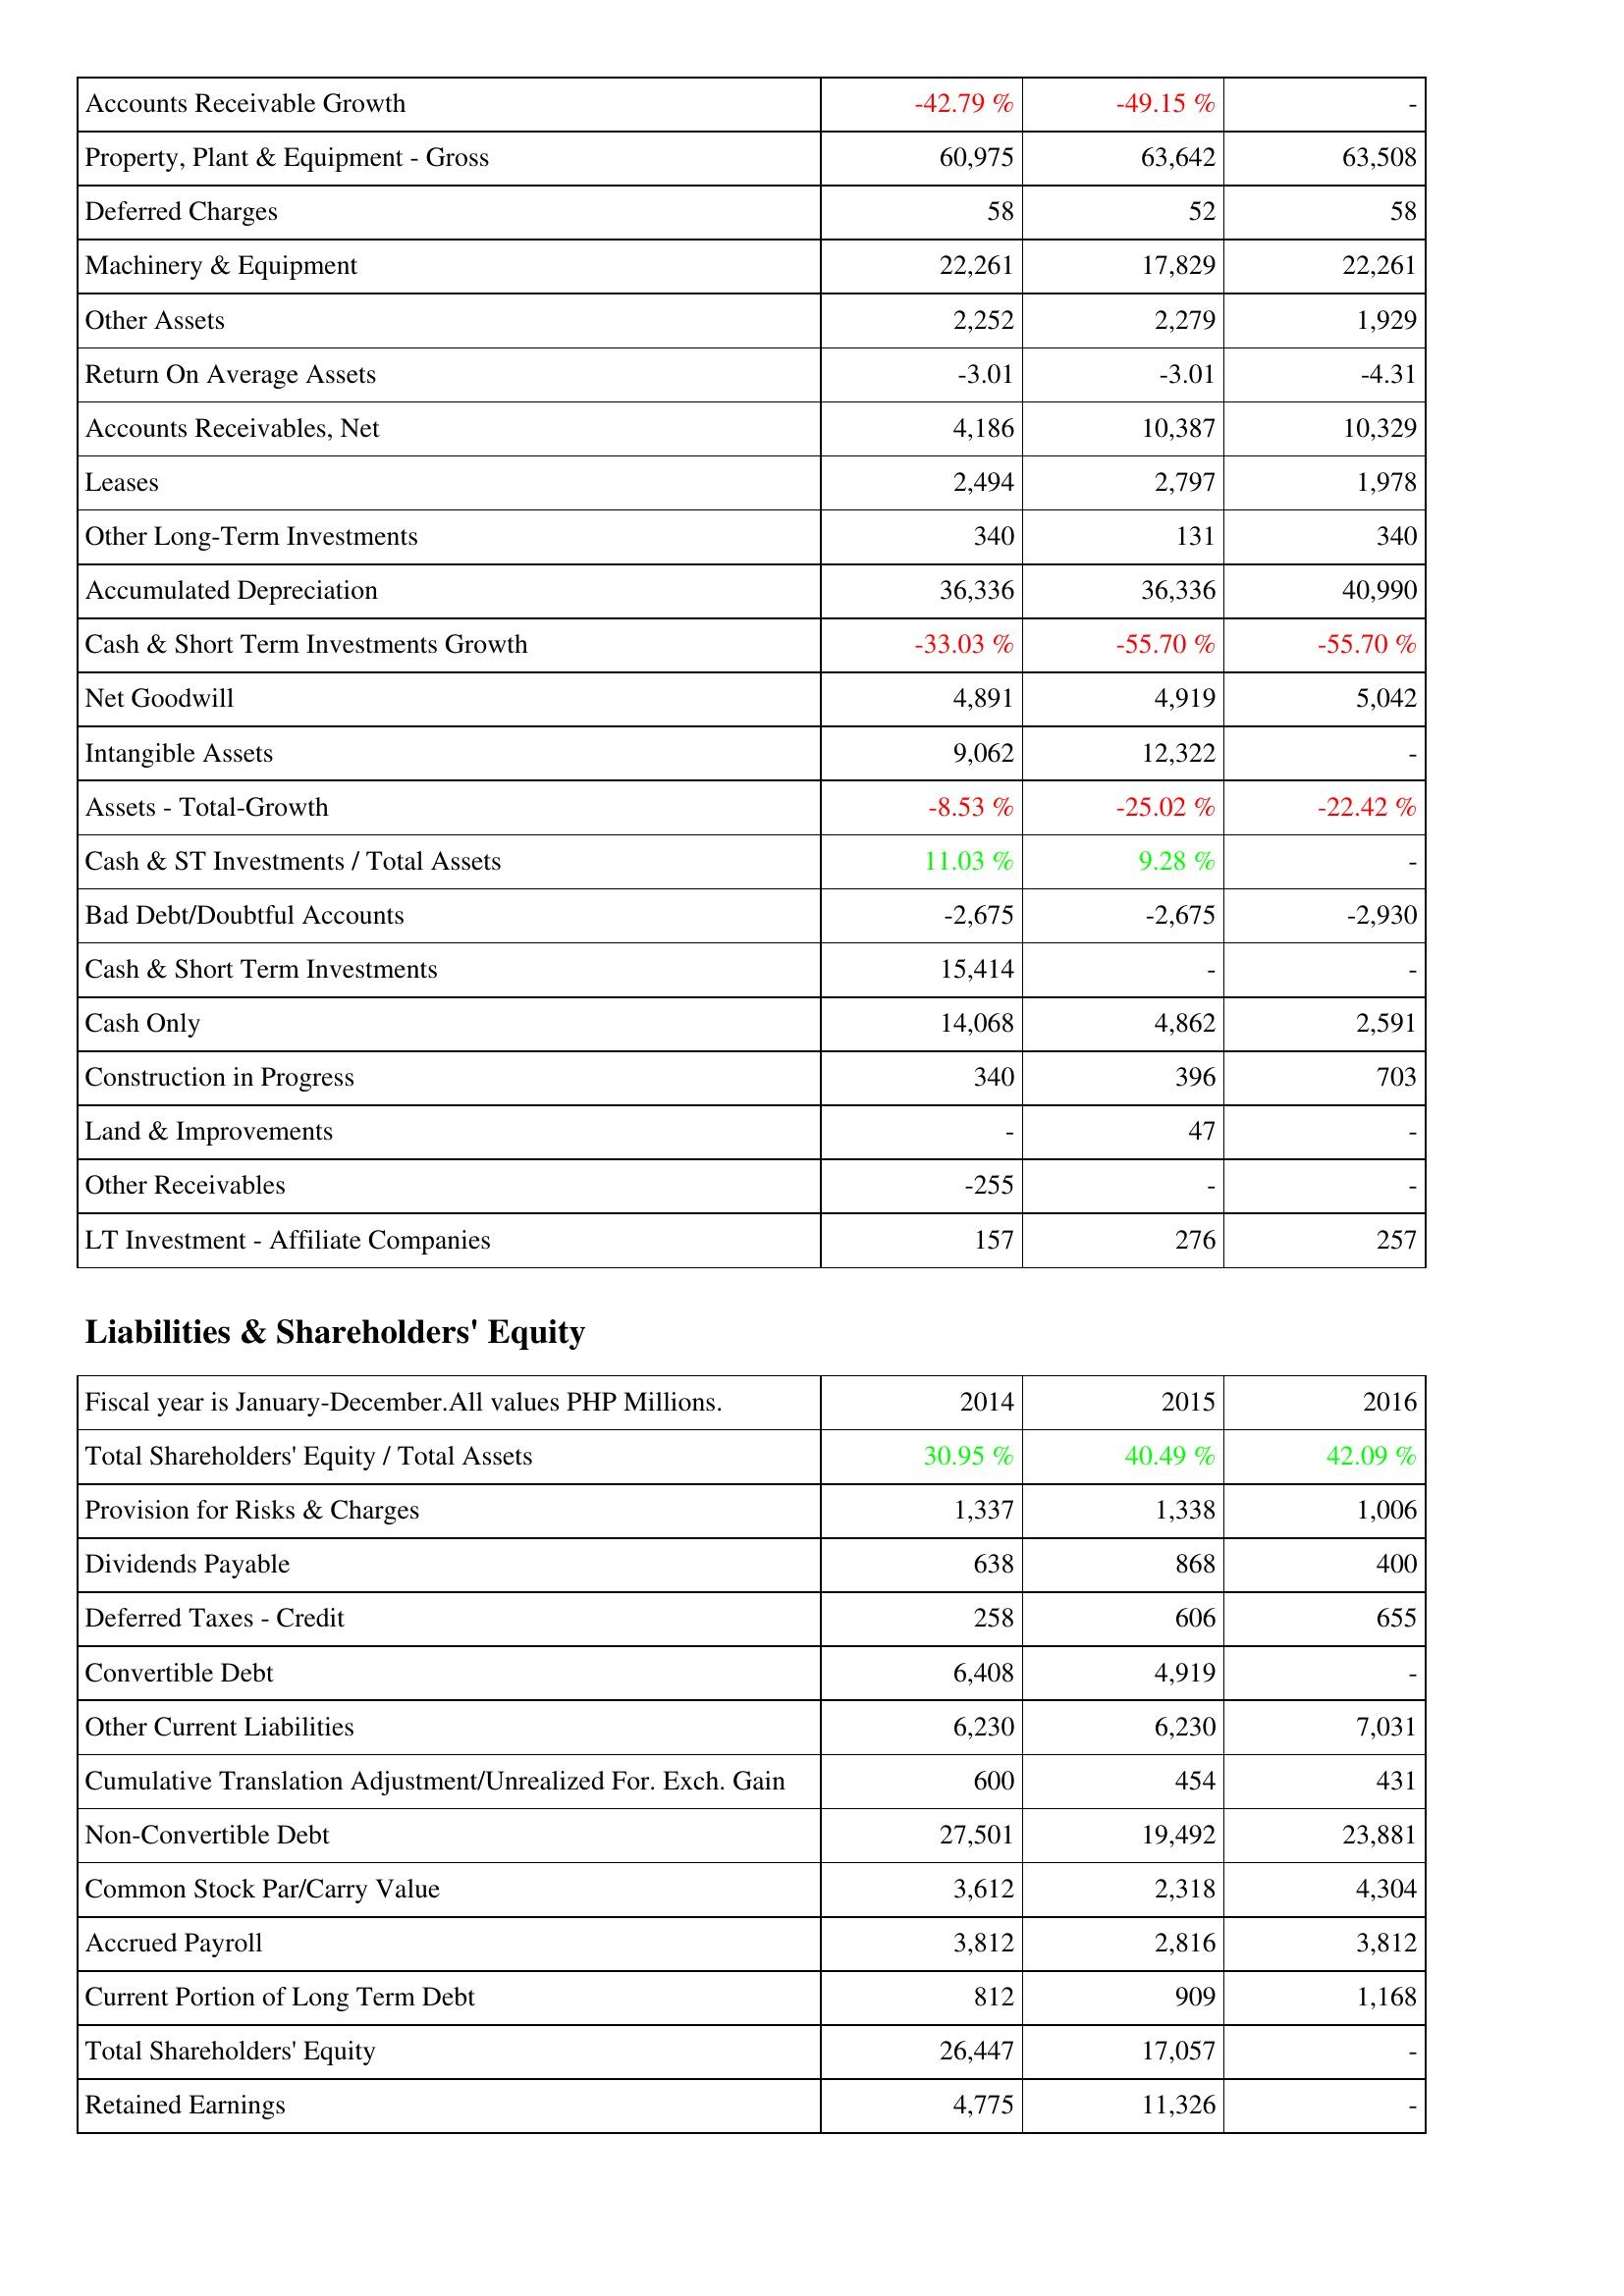
2014: Assets: Accounts Receivable Growth: -42.79 %
Property, Plant & Equipment - Gross: 60,975
Deferred Charges: 58
Machinery & Equipment: 22,261
Other Assets: 2,252
Return On Average Assets: -3.01
Accounts Receivables, Net: 4,186
Leases: 2,494
Other Long-Term Investments: 340
Accumulated Depreciation: 36,336
Cash & Short Term Investments Growth: -33.03 %
Net Goodwill: 4,891
Intangible Assets: 9,062
Assets - Total-Growth: -8.53 %
Cash & ST Investments / Total Assets: 11.03 %
Bad Debt/Doubtful Accounts: -2,675
Cash & Short Term Investments: 15,414
Cash Only: 14,068
Construction in Progress: 340
Land & Improvements: -
Other Receivables: -255
LT Investment - Affiliate Companies: 157
Liabilities & Shareholders' Equity: Total Shareholders' Equity / Total Assets: 30.95 %
Provision for Risks & Charges: 1,337
Dividends Payable: 638
Deferred Taxes - Credit: 258
Convertible Debt: 6,408
Other Current Liabilities: 6,230
Cumulative Translation Adjustment/Unrealized For. Exch. Gain: 600
Non-Convertible Debt: 27,501
Common Stock Par/Carry Value: 3,612
Accrued Payroll: 3,812
Current Portion of Long Term Debt: 812
Total Shareholders' Equity: 26,447
Retained Earnings: 4,775
2015: Assets: Accounts Receivable Growth: -49.15 %
Property, Plant & Equipment - Gross: 63,642
Deferred Charges: 52
Machinery & Equipment: 17,829
Other Assets: 2,279
Return On Average Assets: -3.01
Accounts Receivables, Net: 10,387
Leases: 2,797
Other Long-Term Investments: 131
Accumulated Depreciation: 36,336
Cash & Short Term Investments Growth: -55.70 %
Net Goodwill: 4,919
Intangible Assets: 12,322
Assets - Total-Growth: -25.02 %
Cash & ST Investments / Total Assets: 9.28 %
Bad Debt/Doubtful Accounts: -2,675
Cash & Short Term Investments: -
Cash Only: 4,862
Construction in Progress: 396
Land & Improvements: 47
Other Receivables: -
LT Investment - Affiliate Companies: 276
Liabilities & Shareholders' Equity: Total Shareholders' Equity / Total Assets: 40.49 %
Provision for Risks & Charges: 1,338
Dividends Payable: 868
Deferred Taxes - Credit: 606
Convertible Debt: 4,919
Other Current Liabilities: 6,230
Cumulative Translation Adjustment/Unrealized For. Exch. Gain: 454
Non-Convertible Debt: 19,492
Common Stock Par/Carry Value: 2,318
Accrued Payroll: 2,816
Current Portion of Long Term Debt: 909
Total Shareholders' Equity: 17,057
Retained Earnings: 11,326
2016: Assets: Accounts Receivable Growth: -
Property, Plant & Equipment - Gross: 63,508
Deferred Charges: 58
Machinery & Equipment: 22,261
Other Assets: 1,929
Return On Average Assets: -4.31
Accounts Receivables, Net: 10,329
Leases: 1,978
Other Long-Term Investments: 340
Accumulated Depreciation: 40,990
Cash & Short Term Investments Growth: -55.70 %
Net Goodwill: 5,042
Intangible Assets: -
Assets - Total-Growth: -22.42 %
Cash & ST Investments / Total Assets: -
Bad Debt/Doubtful Accounts: -2,930
Cash & Short Term Investments: -
Cash Only: 2,591
Construction in Progress: 703
Land & Improvements: -
Other Receivables: -
LT Investment - Affiliate Companies: 257
Liabilities & Shareholders' Equity: Total Shareholders' Equity / Total Assets: 42.09 %
Provision for Risks & Charges: 1,006
Dividends Payable: 400
Deferred Taxes - Credit: 655
Convertible Debt: -
Other Current Liabilities: 7,031
Cumulative Translation Adjustment/Unrealized For. Exch. Gain: 431
Non-Convertible Debt: 23,881
Common Stock Par/Carry Value: 4,304
Accrued Payroll: 3,812
Current Portion of Long Term Debt: 1,168
Total Shareholders' Equity: -
Retained Earnings: -